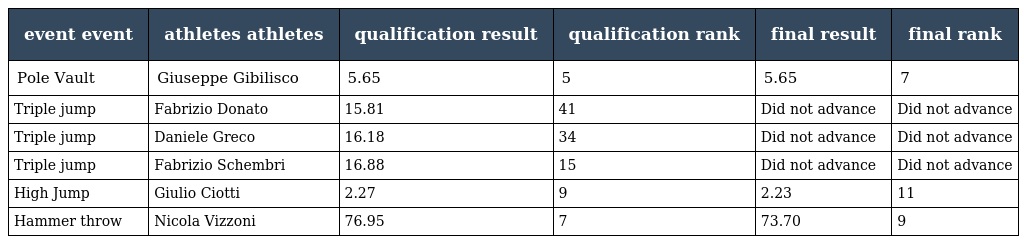
| event event | athletes athletes | qualification result | qualification rank | final result | final rank |
 | --- | --- | --- | --- | --- | --- |
 | Pole Vault | Giuseppe Gibilisco | 5.65 | 5 | 5.65 | 7 |
 | Triple jump | Fabrizio Donato | 15.81 | 41 | Did not advance | Did not advance |
 | Triple jump | Daniele Greco | 16.18 | 34 | Did not advance | Did not advance |
 | Triple jump | Fabrizio Schembri | 16.88 | 15 | Did not advance | Did not advance |
 | High Jump | Giulio Ciotti | 2.27 | 9 | 2.23 | 11 |
 | Hammer throw | Nicola Vizzoni | 76.95 | 7 | 73.70 | 9 |